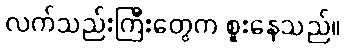
လက်သည်းကြီးတွေက စူးနေသည်။